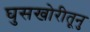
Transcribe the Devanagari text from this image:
घुसखोरीतूनु